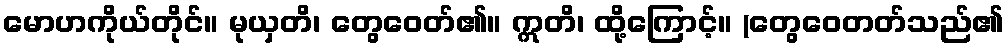
မောဟကိုယ်တိုင်။ မုယှတိ၊ တွေဝေတ်၏။ ဣတိ၊ ထို့ကြောင့်။ (တွေဝေတတ်သည်၏